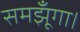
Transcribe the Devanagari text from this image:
समझूँगा।